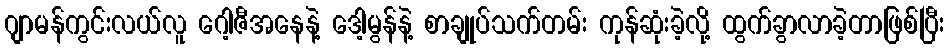
ဂျာမန်ကွင်းလယ်လူ ဂေါ့ဇီအနေနဲ့ ဒေါ့မွန်နဲ့ စာချုပ်သက်တမ်း ကုန်ဆုံးခဲ့လို့ ထွက်ခွာလာခဲ့တာဖြစ်ပြီး